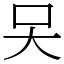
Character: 㕦